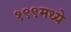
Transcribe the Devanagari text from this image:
१९९मध्ये